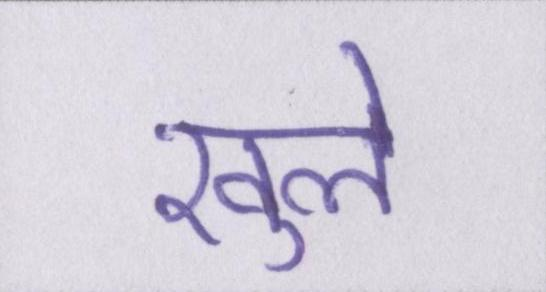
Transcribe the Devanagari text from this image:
खुले